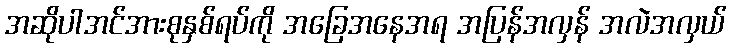
အဆိုပါအင်အားစုနှစ်ရပ်ကို အခြေအနေအရ အပြန်အလှန် အလဲအလှယ်